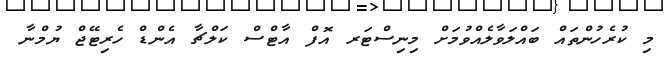
މި ކުރެހުންތައް ބައްލަވާލެއްވުމަށް މިނިސްޓަރ އޮފް އާޓްސް ކަލްޗާ އެންޑް ހެރިޓޭޖް ޔުމްނާ